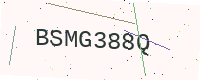
Text: BSMG388Q